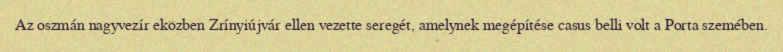
Az oszmán nagyvezír eközben Zrínyiújvár ellen vezette seregét, amelynek megépítése casus belli volt a Porta szemében.